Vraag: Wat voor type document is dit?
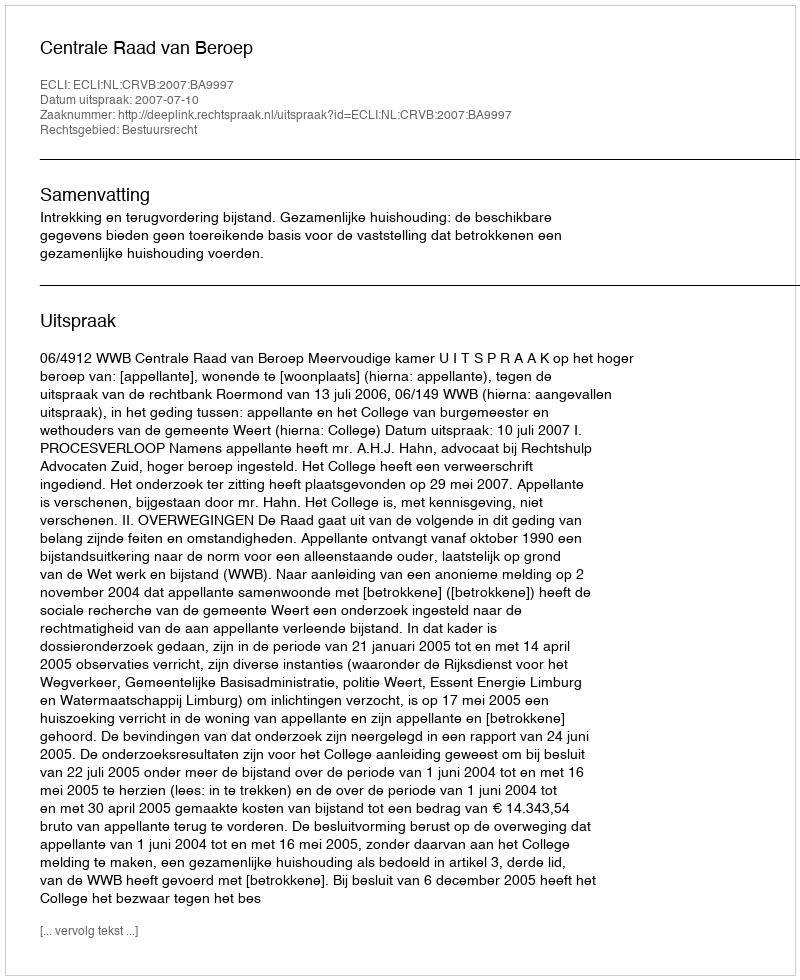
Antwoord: Uitspraak